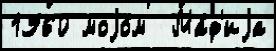
1960 моjо́м  Ма́ф'иjа